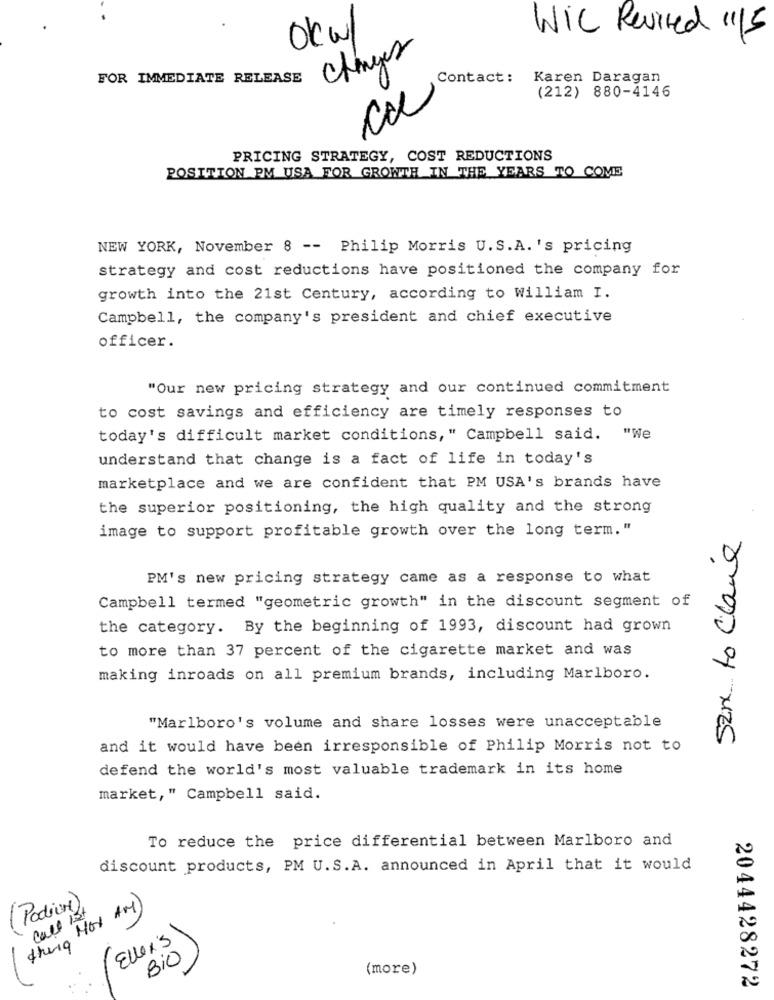
Wic Revised "15
Okw
Changes
FOR IMMEDIATE RELEASE
Contact:
Karen Daragan
(212) 880-4146
PRICING STRATEGY, COST REDUCTIONS
POSITION PM USA FOR GROWTH IN THE YEARS TO COME
NEW YORK, November 8 -- Philip Morris U.S.A. 's pricing
strategy and cost reductions have positioned the company for
growth into the 21st Century, according to William I.
Campbell, the company's president and chief executive
officer.
"Our new pricing strategy and our continued commitment
to cost savings and efficiency are timely responses to
today's difficult market conditions," Campbell said. "We
understand that change is a fact of life in today's
marketplace and we are confident that PM USA's brands have
the superior positioning, the high quality and the strong
image to support profitable growth over the long term."
52m. to Clave
PM's new pricing strategy came as a response to what
Campbell termed "geometric growth" in the discount segment of
the category. By the beginning of 1993, discount had grown
to more than 37 percent of the cigarette market and was
making inroads on all premium brands, including Marlboro.
"Marlboro's volume and share losses were unacceptable
and it would have been irresponsible of Philip Morris not to
defend the world's most valuable trademark in its home
market," Campbell said.
To reduce the price differential between Marlboro and
discount products, PM U.S.A. announced in April that it would
(Podium)
theig MOV AM)
call 1st
Eller's
Bio
(more)
2044428272